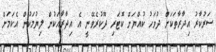
ސަރުކާރު އިދާރާތަކަށް ދުވަހު ކުއްޔަށް ކޮޓަރި ދޫކުރެވޭނީ އެ އިދާރާއަކުން ލިޔުމަކުން އެކަމަށް